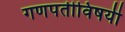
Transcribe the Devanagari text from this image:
गणपतीविषयी